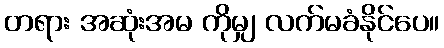
တရား အဆုံးအမ ကိုမျှ လက်မခံနိုင်ပေ။